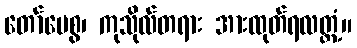
တော်ပေစွ၊ ကုသိုလ်တရား အားထုတ်ရလတ္တံ့။